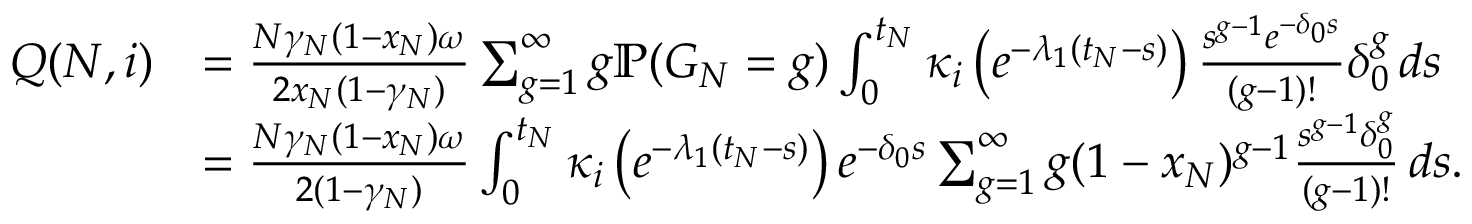
\begin{array} { r l } { Q ( N , i ) } & { = \frac { N \gamma _ { N } ( 1 - x _ { N } ) \omega } { 2 x _ { N } ( 1 - \gamma _ { N } ) } \sum _ { g = 1 } ^ { \infty } g \mathbb { P } ( G _ { N } = g ) \int _ { 0 } ^ { t _ { N } } \kappa _ { i } \left( e ^ { - \lambda _ { 1 } ( t _ { N } - s ) } \right) \frac { s ^ { g - 1 } e ^ { - \delta _ { 0 } s } } { ( g - 1 ) ! } \delta _ { 0 } ^ { g } \, d s } \\ & { = \frac { N \gamma _ { N } ( 1 - x _ { N } ) \omega } { 2 ( 1 - \gamma _ { N } ) } \int _ { 0 } ^ { t _ { N } } \kappa _ { i } \left( e ^ { - \lambda _ { 1 } ( t _ { N } - s ) } \right) e ^ { - \delta _ { 0 } s } \sum _ { g = 1 } ^ { \infty } g ( 1 - x _ { N } ) ^ { g - 1 } \frac { s ^ { g - 1 } \delta _ { 0 } ^ { g } } { ( g - 1 ) ! } \, d s . } \end{array}